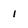
Character: 1